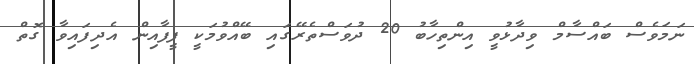
ނަމަވެސް ބައްސާމް ވިދާޅުވީ އިންތިހާބު 20 ދުވަސްތެރޭގައި ބޭއްވުމަކީ ފީފާއިން އެދިފައިވާ ގޮތް